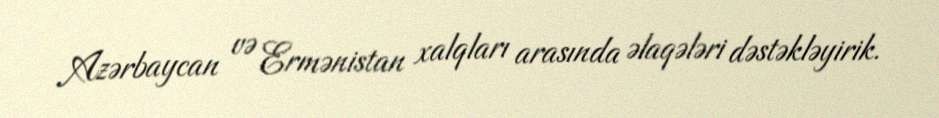
Azərbaycan və Ermənistan xalqları arasında əlaqələri dəstəkləyirik.